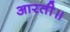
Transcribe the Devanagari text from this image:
आरती॥